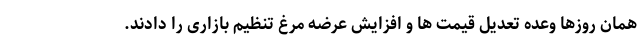
همان روزها وعده تعدیل قیمت ها و افزایش عرضه مرغ تنظیم بازاری را دادند.